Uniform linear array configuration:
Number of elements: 4
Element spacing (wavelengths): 0.25
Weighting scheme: hann
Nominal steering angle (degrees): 45
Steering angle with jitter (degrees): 44.16
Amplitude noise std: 0.05
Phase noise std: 0.05

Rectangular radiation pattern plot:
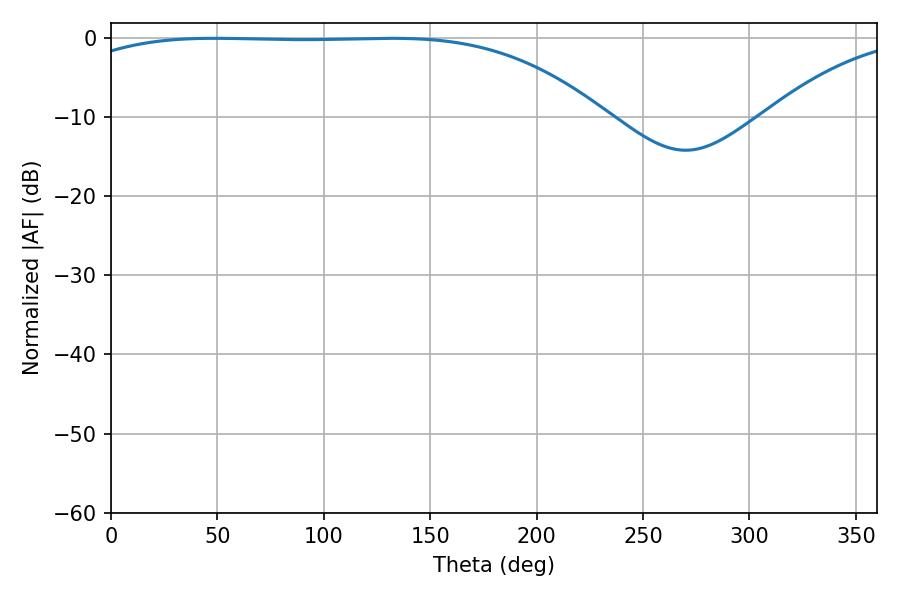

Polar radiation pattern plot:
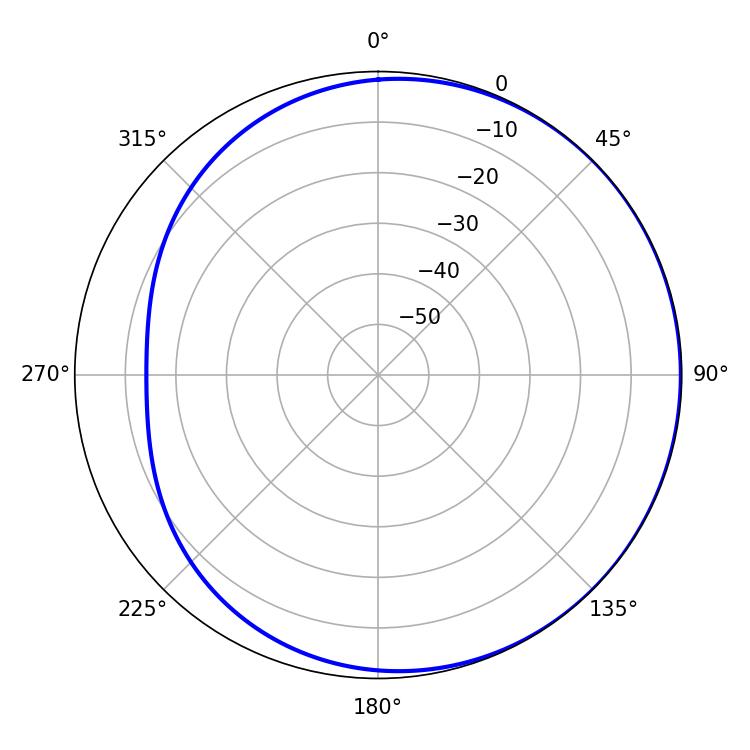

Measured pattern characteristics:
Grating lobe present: FALSE
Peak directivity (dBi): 0.8502
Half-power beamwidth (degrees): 194.4
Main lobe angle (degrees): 48.6